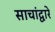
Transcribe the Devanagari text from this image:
साचांद्वारे